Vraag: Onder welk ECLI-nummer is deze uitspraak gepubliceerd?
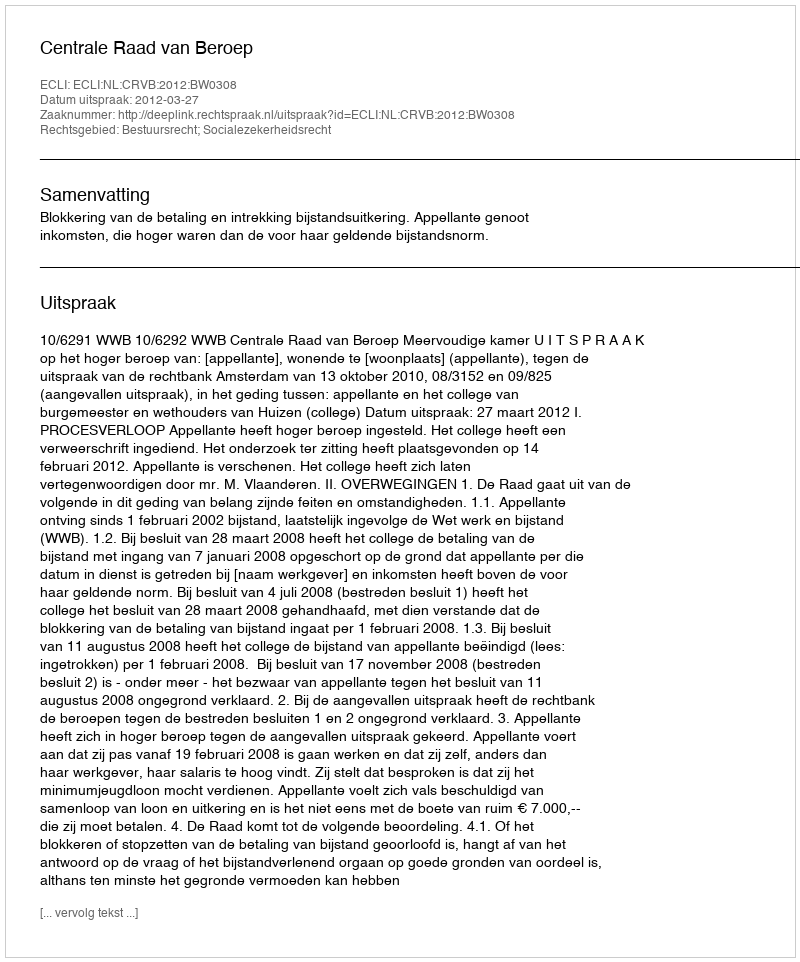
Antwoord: ECLI:NL:CRVB:2012:BW0308